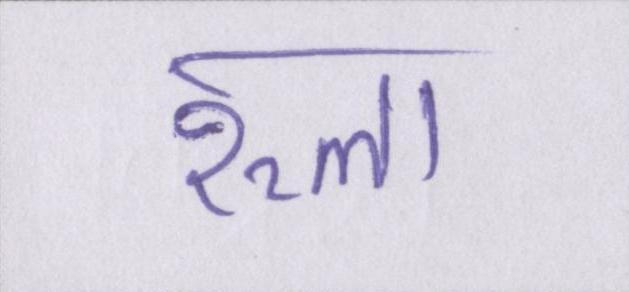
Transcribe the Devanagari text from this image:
रूला